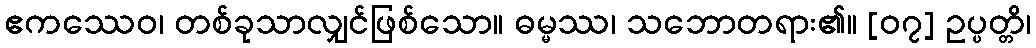
ဧကဿေဝ၊ တစ်ခုသာလျှင်ဖြစ်သော။ ဓမ္မဿ၊ သဘောတရား၏။ [၀၇] ဥပ္ပတ္တိ၊